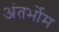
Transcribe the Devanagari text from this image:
अंतर्भोम